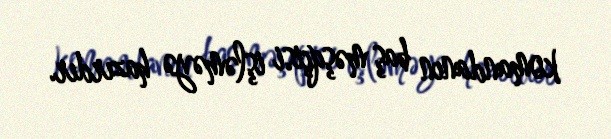
komandanın baş məşqçisi işləməyə hazırdır.